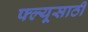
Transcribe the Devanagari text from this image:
फ्ल्यूसाठी